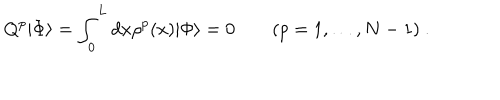
LaTeX: Q ^ { p } | \Phi \rangle = \int _ { 0 } ^ { L } d x \rho ^ { p } ( x ) | \Phi \rangle = 0 \quad \quad ( p = 1 , \ldots , N - 1 ) \ .